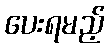
ပေးရမည့်